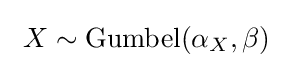
\ X\sim \mathrm {Gumbel} (\alpha _{X},\beta )\